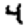
Digit: 4